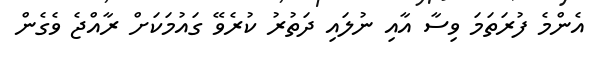
އެންމެ ފުރަތަމަ ވިސާ އާއި ނުލައި ދަތުރު ކުރެވޭ ގައުމަކަށް ރާއްޖެ ވެގެން